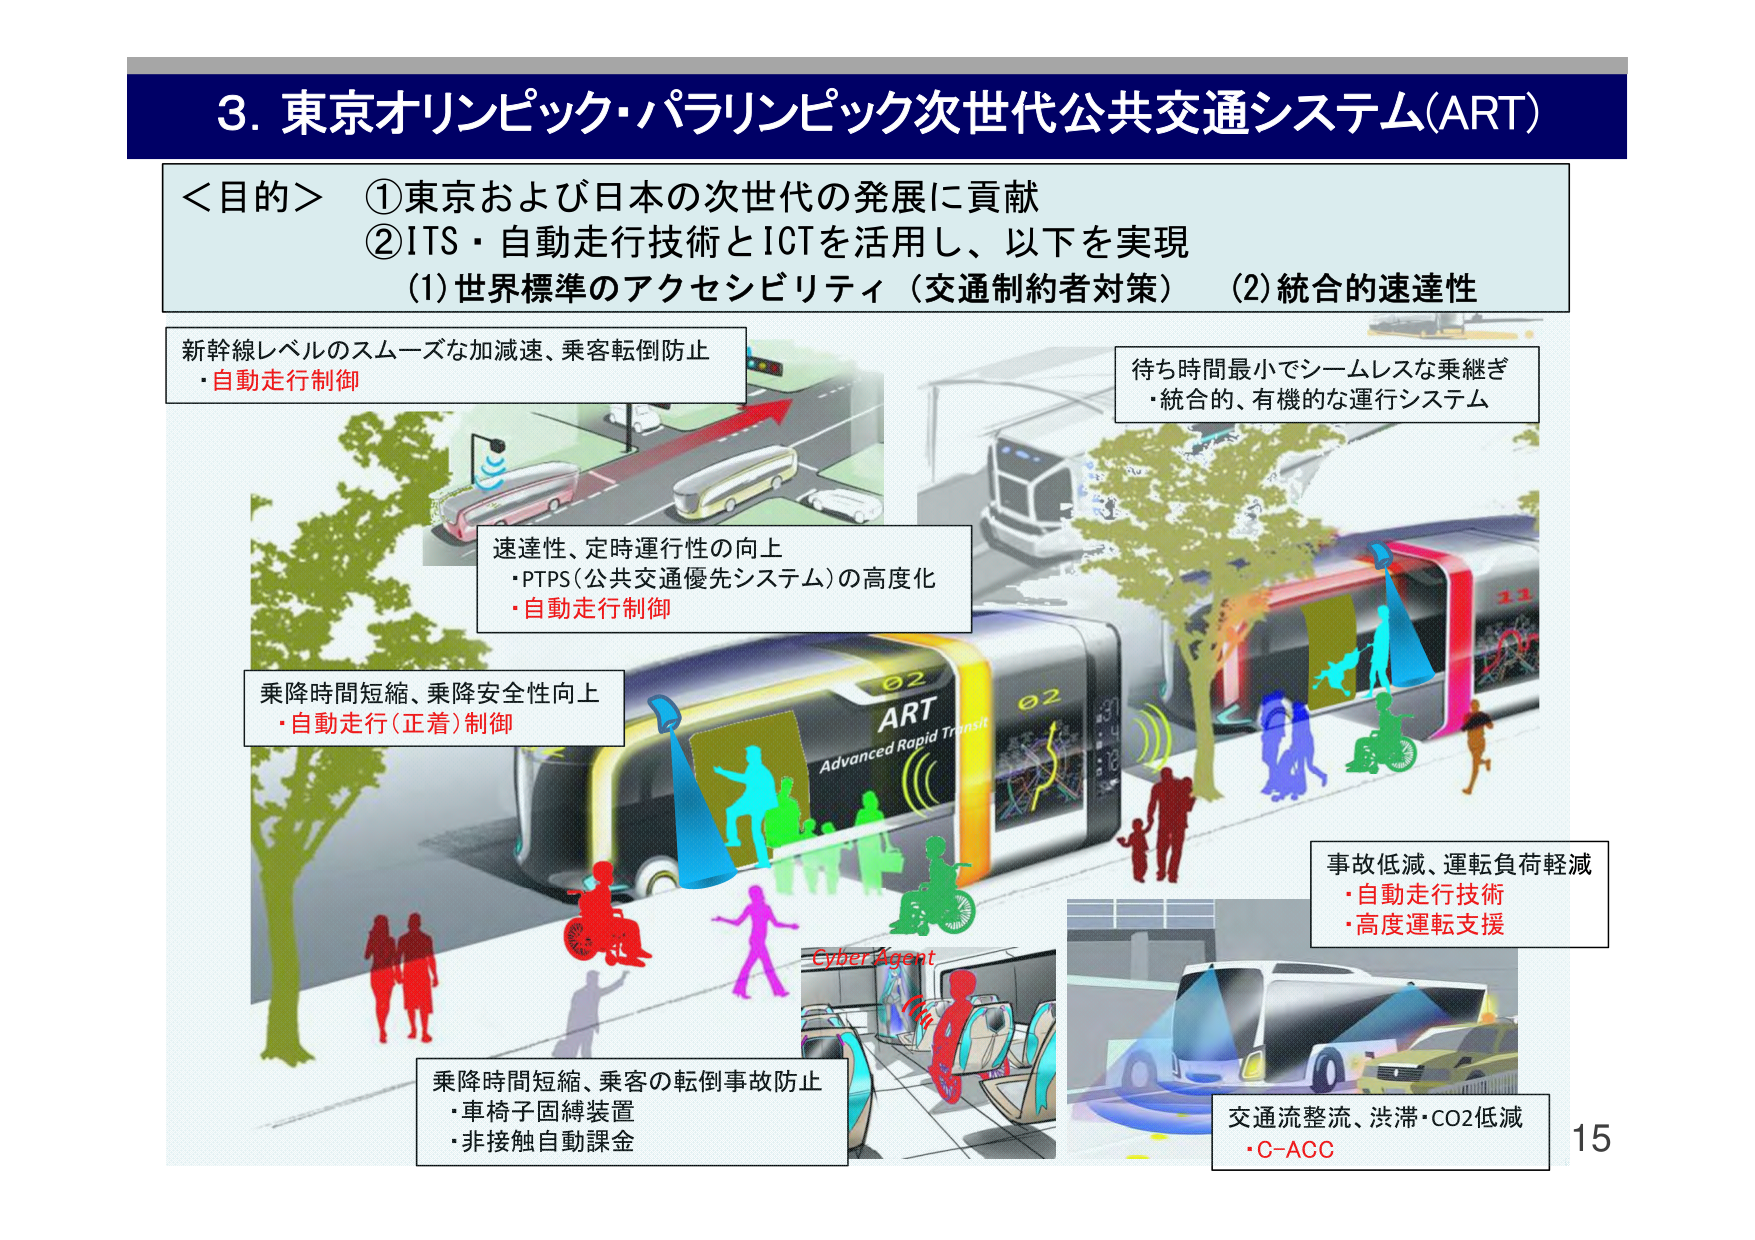
3. 東京オリンピック・パラリンピック次世代公共交通システム(ART)

＜目的＞
①東京および日本の次世代の発展に貢献
②ITS・自動走行技術とICTを活用し、以下を実現
(1)世界標準のアクセシビリティ（交通制約者対策） (2)統合的速達性

新幹線レベルのスムーズな加減速、乗客転倒防止
・自動走行制御

待ち時間最小でシームレスな乗継ぎ
・統合的、有機的な運行システム

速達性、定時運行性の向上
・PTPS（公共交通優先システム）の高度化
・自動走行制御

乗降時間短縮、乗降安全性向上
・自動走行（正着）制御

事故低減、運転負荷軽減
・自動走行技術
・高度運転支援

乗降時間短縮、乗客の転倒事故防止
・車椅子固縛装置
・非接触自動課金

交通流整流、渋滞・CO2低減
・C-ACC

ART
Advanced Rapid Transit

Cyber Agent

15